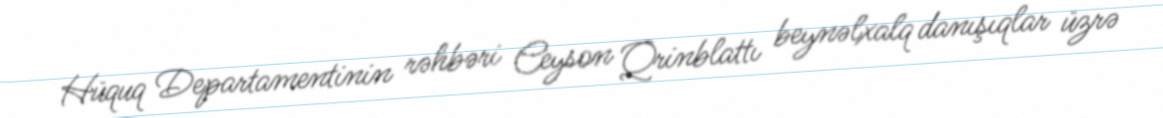
Hüquq Departamentinin rəhbəri Ceyson Qrinblattı beynəlxalq danışıqlar üzrə